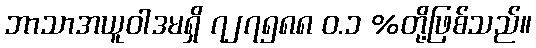
ဘာသာအယူဝါဒမရှိ ၇၂၇၅၈၈ ဝ.၁ %တို့ဖြစ်သည်။